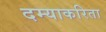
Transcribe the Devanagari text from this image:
दम्याकरिता